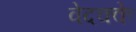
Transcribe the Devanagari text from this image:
वेदक्के